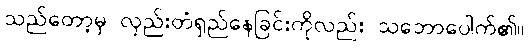
သည်တော့မှ လှည်းတံရှည်နေခြင်းကိုလည်း သဘောပေါက်၏။